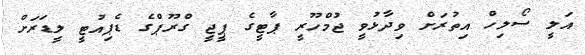
އަލީ ސޯލިހް އިތުރަށް ވިދާޅުވީ ޖުމްހޫރީ ޕާޓީގެ ޕީޖީ ގްރޫޕްގެ ޑެޕިއުޓީ ލީޑަރަށް